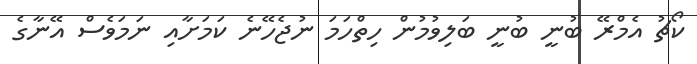
ކޯޗު އެމްރޭ ބުނީ ބުނީ ބަލިވުމުން ހިތްހަމަ ނުޖެހޭނެ ކަމަށާއި ނަމަވެސް އޭނާގެ